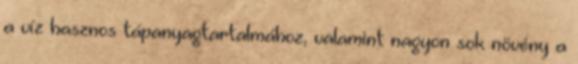
a víz hasznos tápanyagtartalmához, valamint nagyon sok növény a